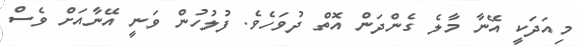
މިއަދަކީ އޭނާ މާލެ ގެންދަން އޮތް ދުވަހެވެ. ފުލުހުން ވަނީ އޭނާއަށް ވެސް